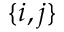
\{ i , j \}